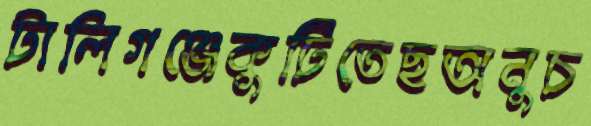
টালিগঞ্জেকুটিতেছঅনুচ